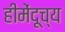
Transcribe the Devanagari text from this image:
हीमेंदूच्य